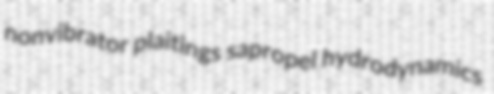
nonvibrator plaitings sapropel hydrodynamics